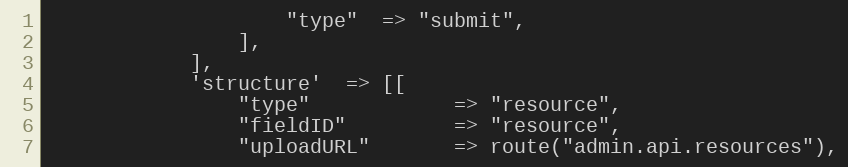
Language: PHP
                    "type"  => "submit",
                ],
            ],
            'structure'  => [[
                "type"            => "resource",
                "fieldID"         => "resource",
                "uploadURL"       => route("admin.api.resources"),